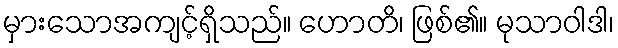
မှားသောအကျင့်ရှိသည်။ ဟောတိ၊ ဖြစ်၏။ မုသာဝါဒါ၊